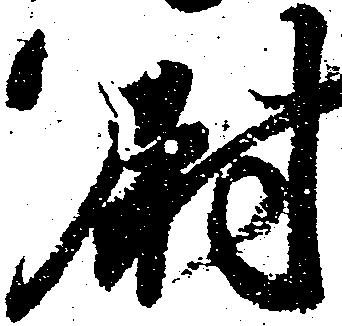
尉